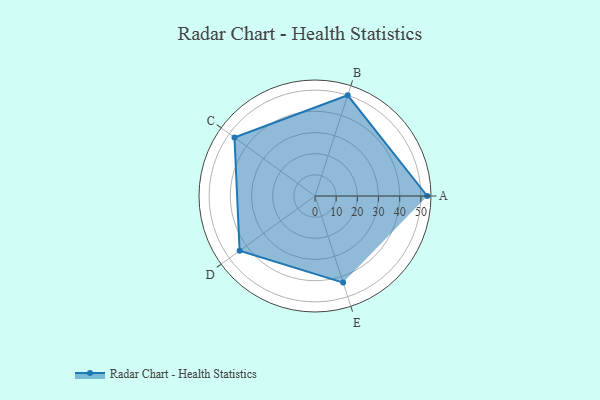
{"axis": {"x": "Skill", "y": "Score"}, "legend": ["Profile"], "data": [{"x": "A", "y": 53.0, "type": "Profile"}, {"x": "B", "y": 50.0, "type": "Profile"}, {"x": "C", "y": 47.0, "type": "Profile"}, {"x": "D", "y": 44.0, "type": "Profile"}, {"x": "E", "y": 43.0, "type": "Profile"}]}